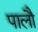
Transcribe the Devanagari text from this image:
पालौ